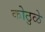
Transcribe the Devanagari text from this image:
कोठुळे